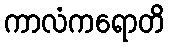
ကာလံကရောတိ